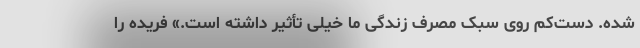
شده. دست‌کم روی سبک مصرف زندگی ما خیلی تأثیر داشته است.» فریده را